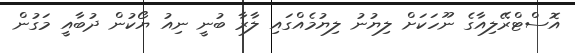
އޮސްޓްރޭލިއާގެ ނޫހަކަށް ލިޔުނު ލިޔުމެއްގައި ލާރާ ބުނީ ނިއު ޔޯކުން ދުބާއީ މަގުން